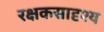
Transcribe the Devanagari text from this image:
रक्षकसादृश्य